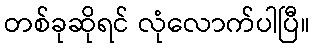
တစ်ခုဆိုရင် လုံလောက်ပါပြီ။